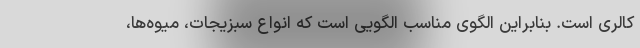
کالری است. بنابراین الگوی مناسب الگویی است که انواع سبزیجات، میوه‌ها،